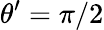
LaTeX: \theta^{\prime}=\pi/2